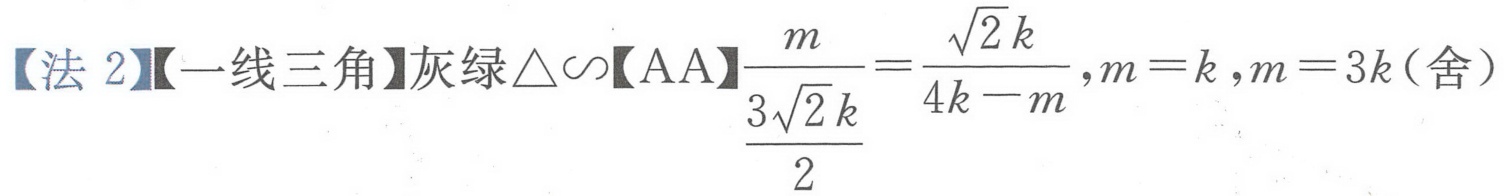
【法 2】【一线三角】灰绿$\triangle\sim$【AA】$\frac{m}{\frac{3\sqrt{2}k}{2}}=\frac{\sqrt{2}k}{4k - m},m = k,m = 3k$(舍）